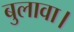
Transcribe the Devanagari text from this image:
बुलावा।